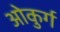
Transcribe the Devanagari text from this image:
ओकुर्ग